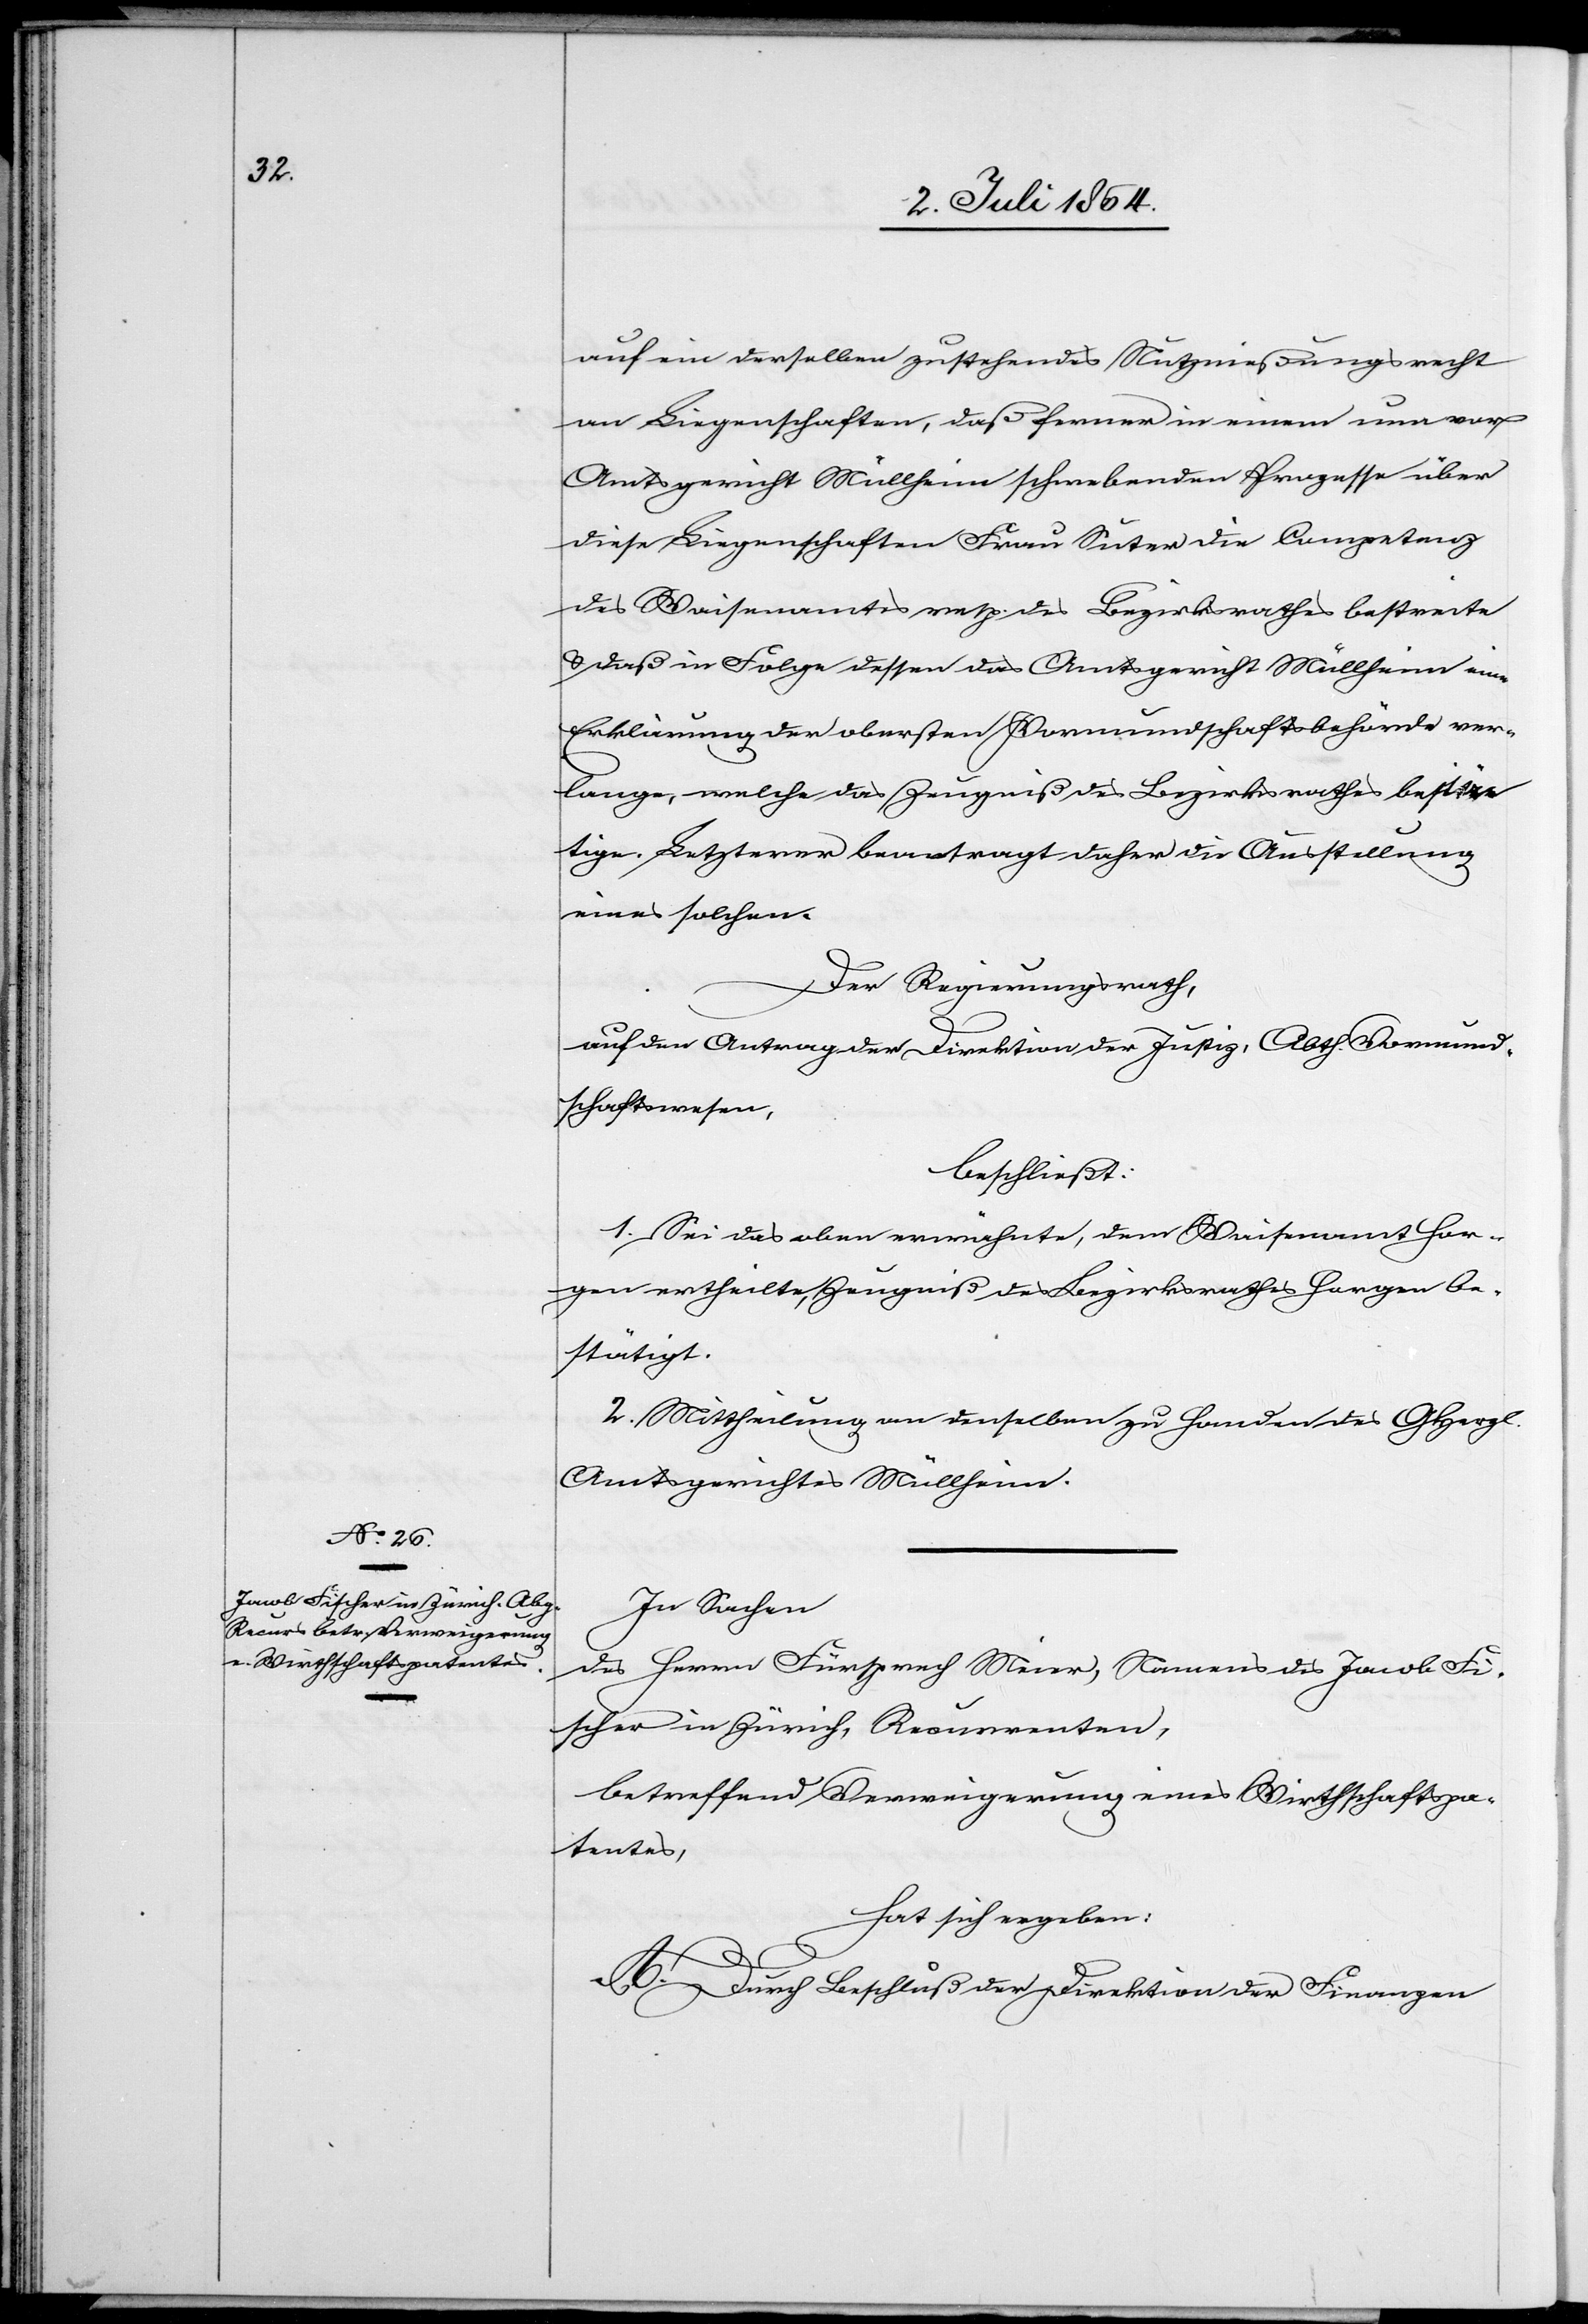
auf ein derselben zustehendes Nutznießungsrecht
an Liegenschaften, daß ferner in einem nun vor
Amtsgericht Müllheim schwebenden Prozesse über
diese Liegenschaften Frau Suter die Competenz
des Waisenamtes resp. des Bezirksrathes bestreite
u. daß in Folge dessen das Amtsgericht Müllheim eine
Erklärung der obersten Vormundschaftsbehörde ver¬
lange, welche das Zeugniß des Bezirksrathes bestä¬
tige. Letzterer beantragt daher die Ausstellung
eines solchen.
Der Regierungsrath,
auf den Antrag der Direktion der Justiz, Abth. Vormund¬
schaftswesen,
beschließt:
1. Sei das eben erwähnte, dem Waisenamt Hor¬
gen ertheilte, Zeugniß des Bezirksrathes Horgen be¬
stätigt.
2. Mittheilung an denselben zu Handen des GHergl.
Amtsgerichtes Müllheim.
In Sachen
des Herrn Fürsprech Meier, Namens des Jacob Fi¬
scher in Zürich, Recurrenten,
betreffend Verweigerung eines Wirthschaftspa¬
tentes,
hat sich ergeben:
A. Durch Beschluß der Direktion der Finanzen